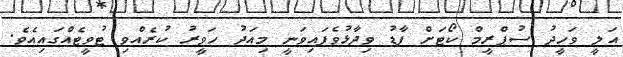
އަލީ ވަހީދު ސުޕްރީމް ކޯޓަށް ފާޑު ވިދާޅުވެފައިވަނީ މިއަދު ހަވީރު ކުރެއްވި ޓުވީޓެއްގައިއެވެ.